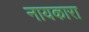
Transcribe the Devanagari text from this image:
नायकारा